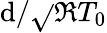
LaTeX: \mathrm{d}/\sqrt{}{{\mathfrak{{R}}T_{0}}}